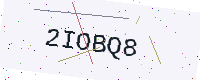
Text: 2IOBQ8